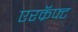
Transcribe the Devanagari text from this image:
एरक्रॅफ्ट